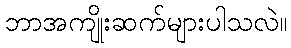
ဘာအကျိုးဆက်များပါသလဲ။